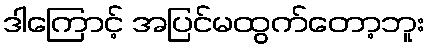
ဒါကြောင့် အပြင်မထွက်တော့ဘူး